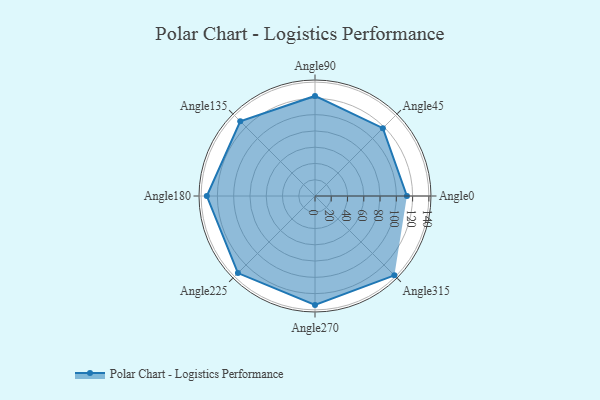
{"axis": {"x": "Angle", "y": "Radius"}, "legend": [""], "data": [{"x": "Angle0", "y": 113.0, "type": ""}, {"x": "Angle45", "y": 118.0, "type": ""}, {"x": "Angle90", "y": 123.0, "type": ""}, {"x": "Angle135", "y": 130.0, "type": ""}, {"x": "Angle180", "y": 133.0, "type": ""}, {"x": "Angle225", "y": 134.0, "type": ""}, {"x": "Angle270", "y": 134.0, "type": ""}, {"x": "Angle315", "y": 138.0, "type": ""}]}